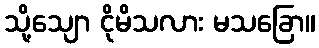
သို့သျော ငိုမိသလား မသခြော။